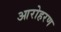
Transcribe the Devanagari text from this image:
आरोहरण